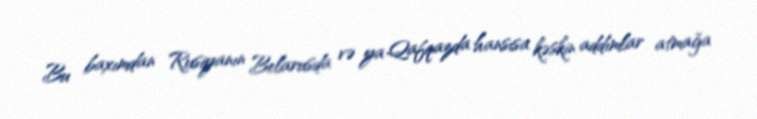
Bu baxımdan Rusiyanın Belarusda və ya Qafqazda hansısa kəskin addımlar atmağa